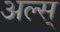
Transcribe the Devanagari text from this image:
अल्स्